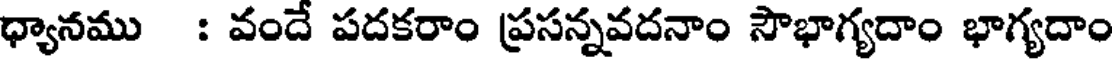
ధ్యానము : వందే పదకరాం ప్రసన్నవదనాం సౌభాగ్యదాం భాగ్యదాం